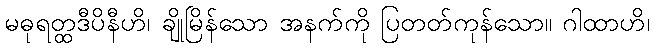
မဓုရတ္ထဒီပိနီဟိ၊ ချိုမြိန်သော အနက်ကို ပြတတ်ကုန်သော။ ဂါထာဟိ၊